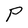
Character: P